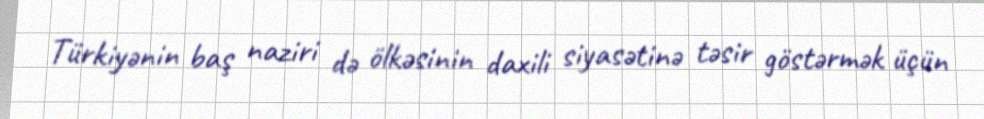
Türkiyənin baş naziri də ölkəsinin daxili siyasətinə təsir göstərmək üçün